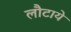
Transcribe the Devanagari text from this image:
लौटाये